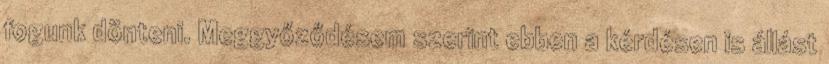
fogunk dönteni. Meggyőződésem szerint ebben a kérdésen is állást